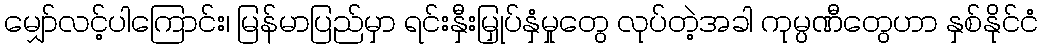
မျှော်လင့်ပါကြောင်း၊ မြန်မာပြည်မှာ ရင်းနှီးမြှုပ်နှံမှုတွေ လုပ်တဲ့အခါ ကုမ္ပဏီတွေဟာ နှစ်နိုင်ငံ